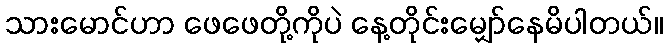
သားမောင်ဟာ ဖေဖေတို့ကိုပဲ နေ့တိုင်းမျှော်နေမိပါတယ်။